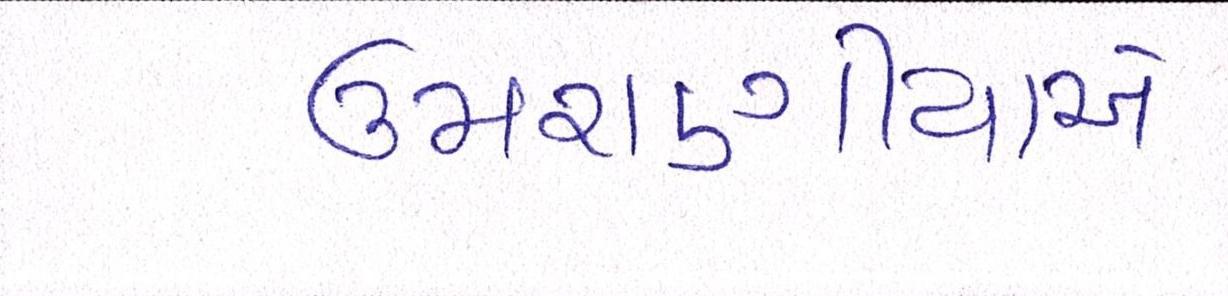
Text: ઉમરાણીયાએ